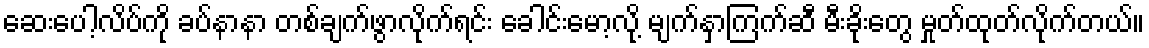
ဆေးပေါ့လိပ်ကို ခပ်နာနာ တစ်ချက်ဖွာလိုက်ရင်း ခေါင်းမော့လို့ မျက်နှာကြက်ဆီ မီးခိုးတွေ မှုတ်ထုတ်လိုက်တယ်။